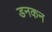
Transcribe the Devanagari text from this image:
डनकन